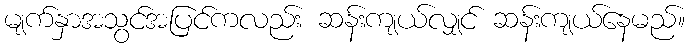
မျက်နှာအသွင်အပြင်ကလည်း ဆန်းကျယ်လျှင် ဆန်းကျယ်နေမည်။